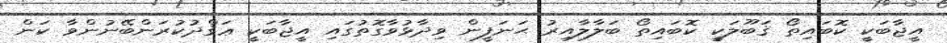
އީޖާބަކީ ކޮބައިތޯ ޤަބޫލަކީ ކޮބައިތޯ ބަލާލާއިރު ޙަނަފީން ވިދާޅުވާގޮތުގައި އީޖާބަކީ ޢަޤްދުކުރަންބޭނުންވާ ކަން